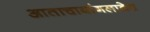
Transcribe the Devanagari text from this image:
आताचाबांगलादेश